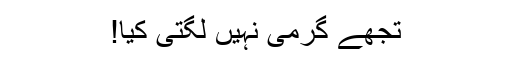
تجھے گرمی نہیں لگتی کیا!